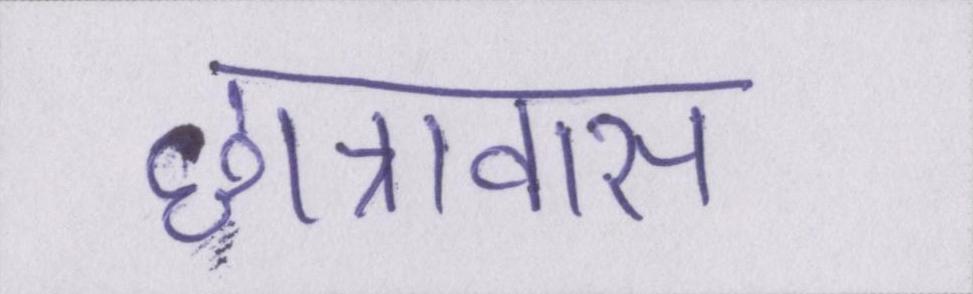
छात्रावास